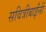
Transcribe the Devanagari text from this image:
सवित्रीबाईंनी